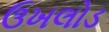
ઉખલોડ